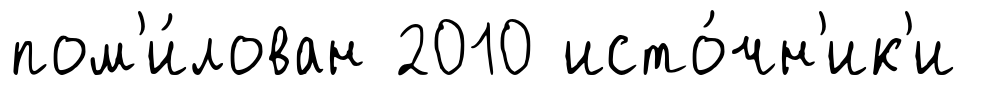
пом'и́лован 2010 исто́чн'ик'и